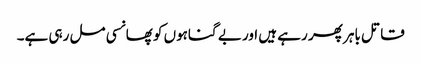
قاتل باہر پھر رہے ہیں اور بے گناہوں کو پھانسی مل رہی ہے۔